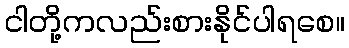
ငါတို့ကလည်းစားနိုင်ပါရစေ။